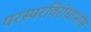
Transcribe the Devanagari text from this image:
परस्परविरोधाभास